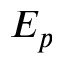
E _ { p }